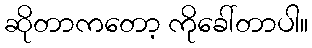
ဆိုတာကတော့ ကိုခေါ်တာပါ။